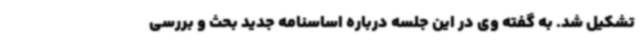
تشکیل شد. به گفته وی در این جلسه درباره اساسنامه جدید بحث و بررسی